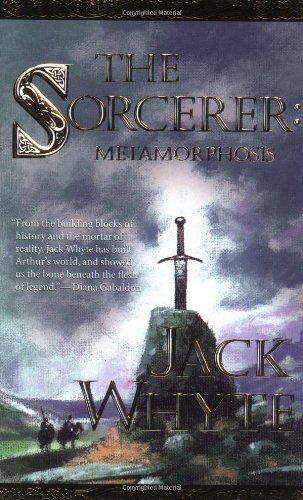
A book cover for The Sorcerer: Metamorphosis, Book 2 (The Camulod Chronicles, Book 6); Jack Whyte; Science Fiction & Fantasy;